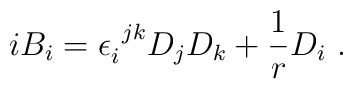
iB_i = \epsilon_{i}^{~jk}D_j D_k +\frac{1}{r} D_i~.